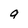
Character: a